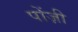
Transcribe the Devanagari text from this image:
पोंज़ी